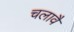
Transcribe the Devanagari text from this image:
चलावै